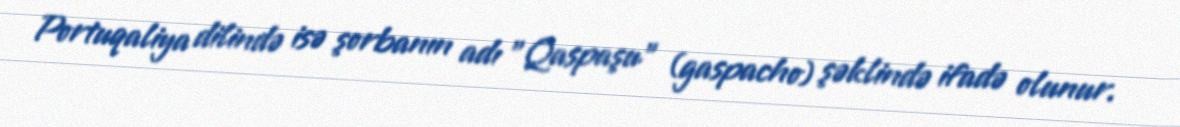
Portuqaliya dilində isə şorbanın adı "Qaspaşu" (gaspacho) şəklində ifadə olunur.